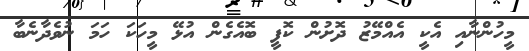
މީހުންނާއި އެކީ އެއްމޭޒު ދޮށުން ކޮފީ ބޮއެގެން އުޅޭ މީހަކަ ހަމަ ނުވެދާނެބާ